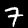
Digit: 7